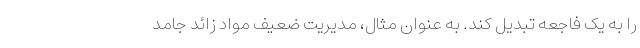
را به یک فاجعه تبدیل کند. به عنوان مثال، مدیریت ضعیف مواد زائد جامد